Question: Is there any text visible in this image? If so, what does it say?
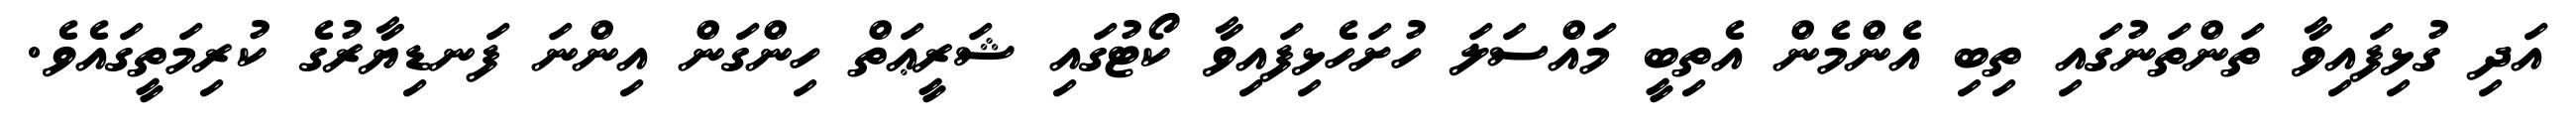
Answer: އަދި ގުޅިފައިވާ ތަންތަނުގައި ތިބި އެންމެން އެތިބީ މައްސަލަ ހުށަހެޅިފައިވާ ކޯޓުގައި ޝަރީޢަތް ހިންގަން އިންނަ ފަނޑިޔާރުގެ ކުރިމަތީގައެވެ.